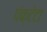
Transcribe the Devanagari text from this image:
पंक्टेटा